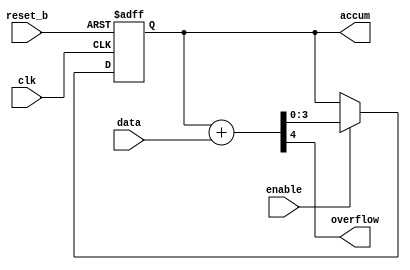
module Add_Accum_2 (accum, overflow, data, enable, clk, reset_b);
  output [3: 0]	accum;
  output 		overflow;
  input [3: 0] 	data;
  input 		enable, clk, reset_b;
  reg 		accum;
  wire [3:0] 	sum;
  assign		{overflow, sum} = accum + data;

  always @ (posedge clk or negedge reset_b)
    if (reset_b == 0) accum <= 0; 
    else if (enable) accum <=  sum;
endmodule